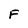
Character: F